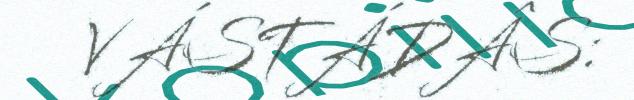
VÁSTÁDÂS: